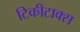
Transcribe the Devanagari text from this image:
टिकीटाक्स